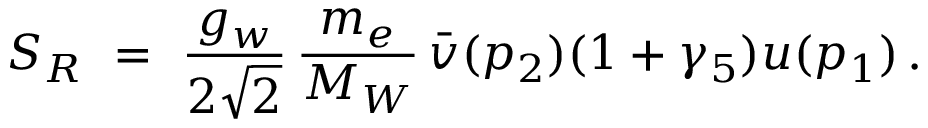
S _ { R } \ = \ \frac { g _ { w } } { 2 \sqrt { 2 } } \, \frac { m _ { e } } { M _ { W } } \, \bar { v } ( p _ { 2 } ) ( 1 + \gamma _ { 5 } ) u ( p _ { 1 } ) \, .